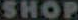
SHOP